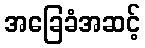
အခြေခံအဆင့်